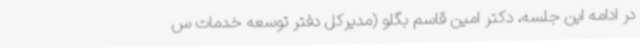
در ادامه این جلسه، دکتر امین قاسم بگلو (مدیرکل دفتر توسعه خدمات س